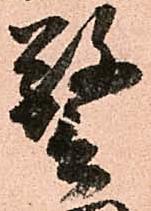
警